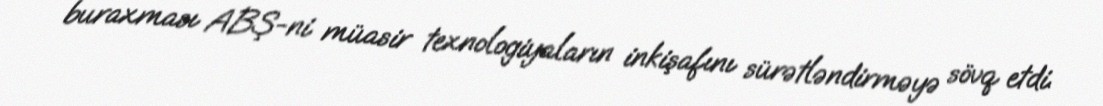
buraxması ABŞ-ni müasir texnologiyaların inkişafını sürətləndirməyə sövq etdi.